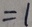
= 1